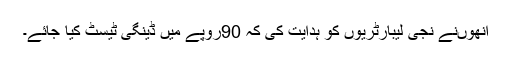
اُنھوںنے نجی لیبارٹریوں کو ہدایت کی کہ 90روپے میں ڈینگی ٹیسٹ کیا جائے۔